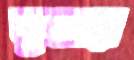
ঝুমার